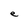
Character: e